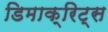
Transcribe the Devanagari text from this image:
डिमाक्रिट्स